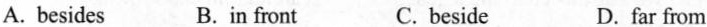
A. besides B. in front C. beside D. far from